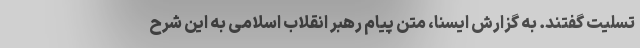
تسلیت گفتند. به گزارش ایسنا، متن پیام رهبر انقلاب اسلامی به این شرح